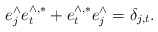
\begin{align*} e^\wedge_je^{\wedge,*}_t+e^{\wedge,*}_te^\wedge_j=\delta_{j,t}.\end{align*}